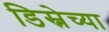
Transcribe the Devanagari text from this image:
डिस्नेच्या